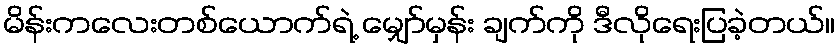
မိန်းကလေးတစ်ယောက်ရဲ့ မျှော်မှန်း ချက်ကို ဒီလိုရေးပြခဲ့တယ်။